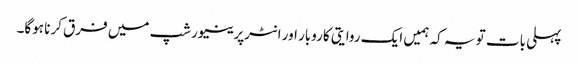
پہلی بات تو یہ کہ ہمیں ایک روایتی کاروبار اور انٹرپرینیورشپ میں فرق کرنا ہوگا۔